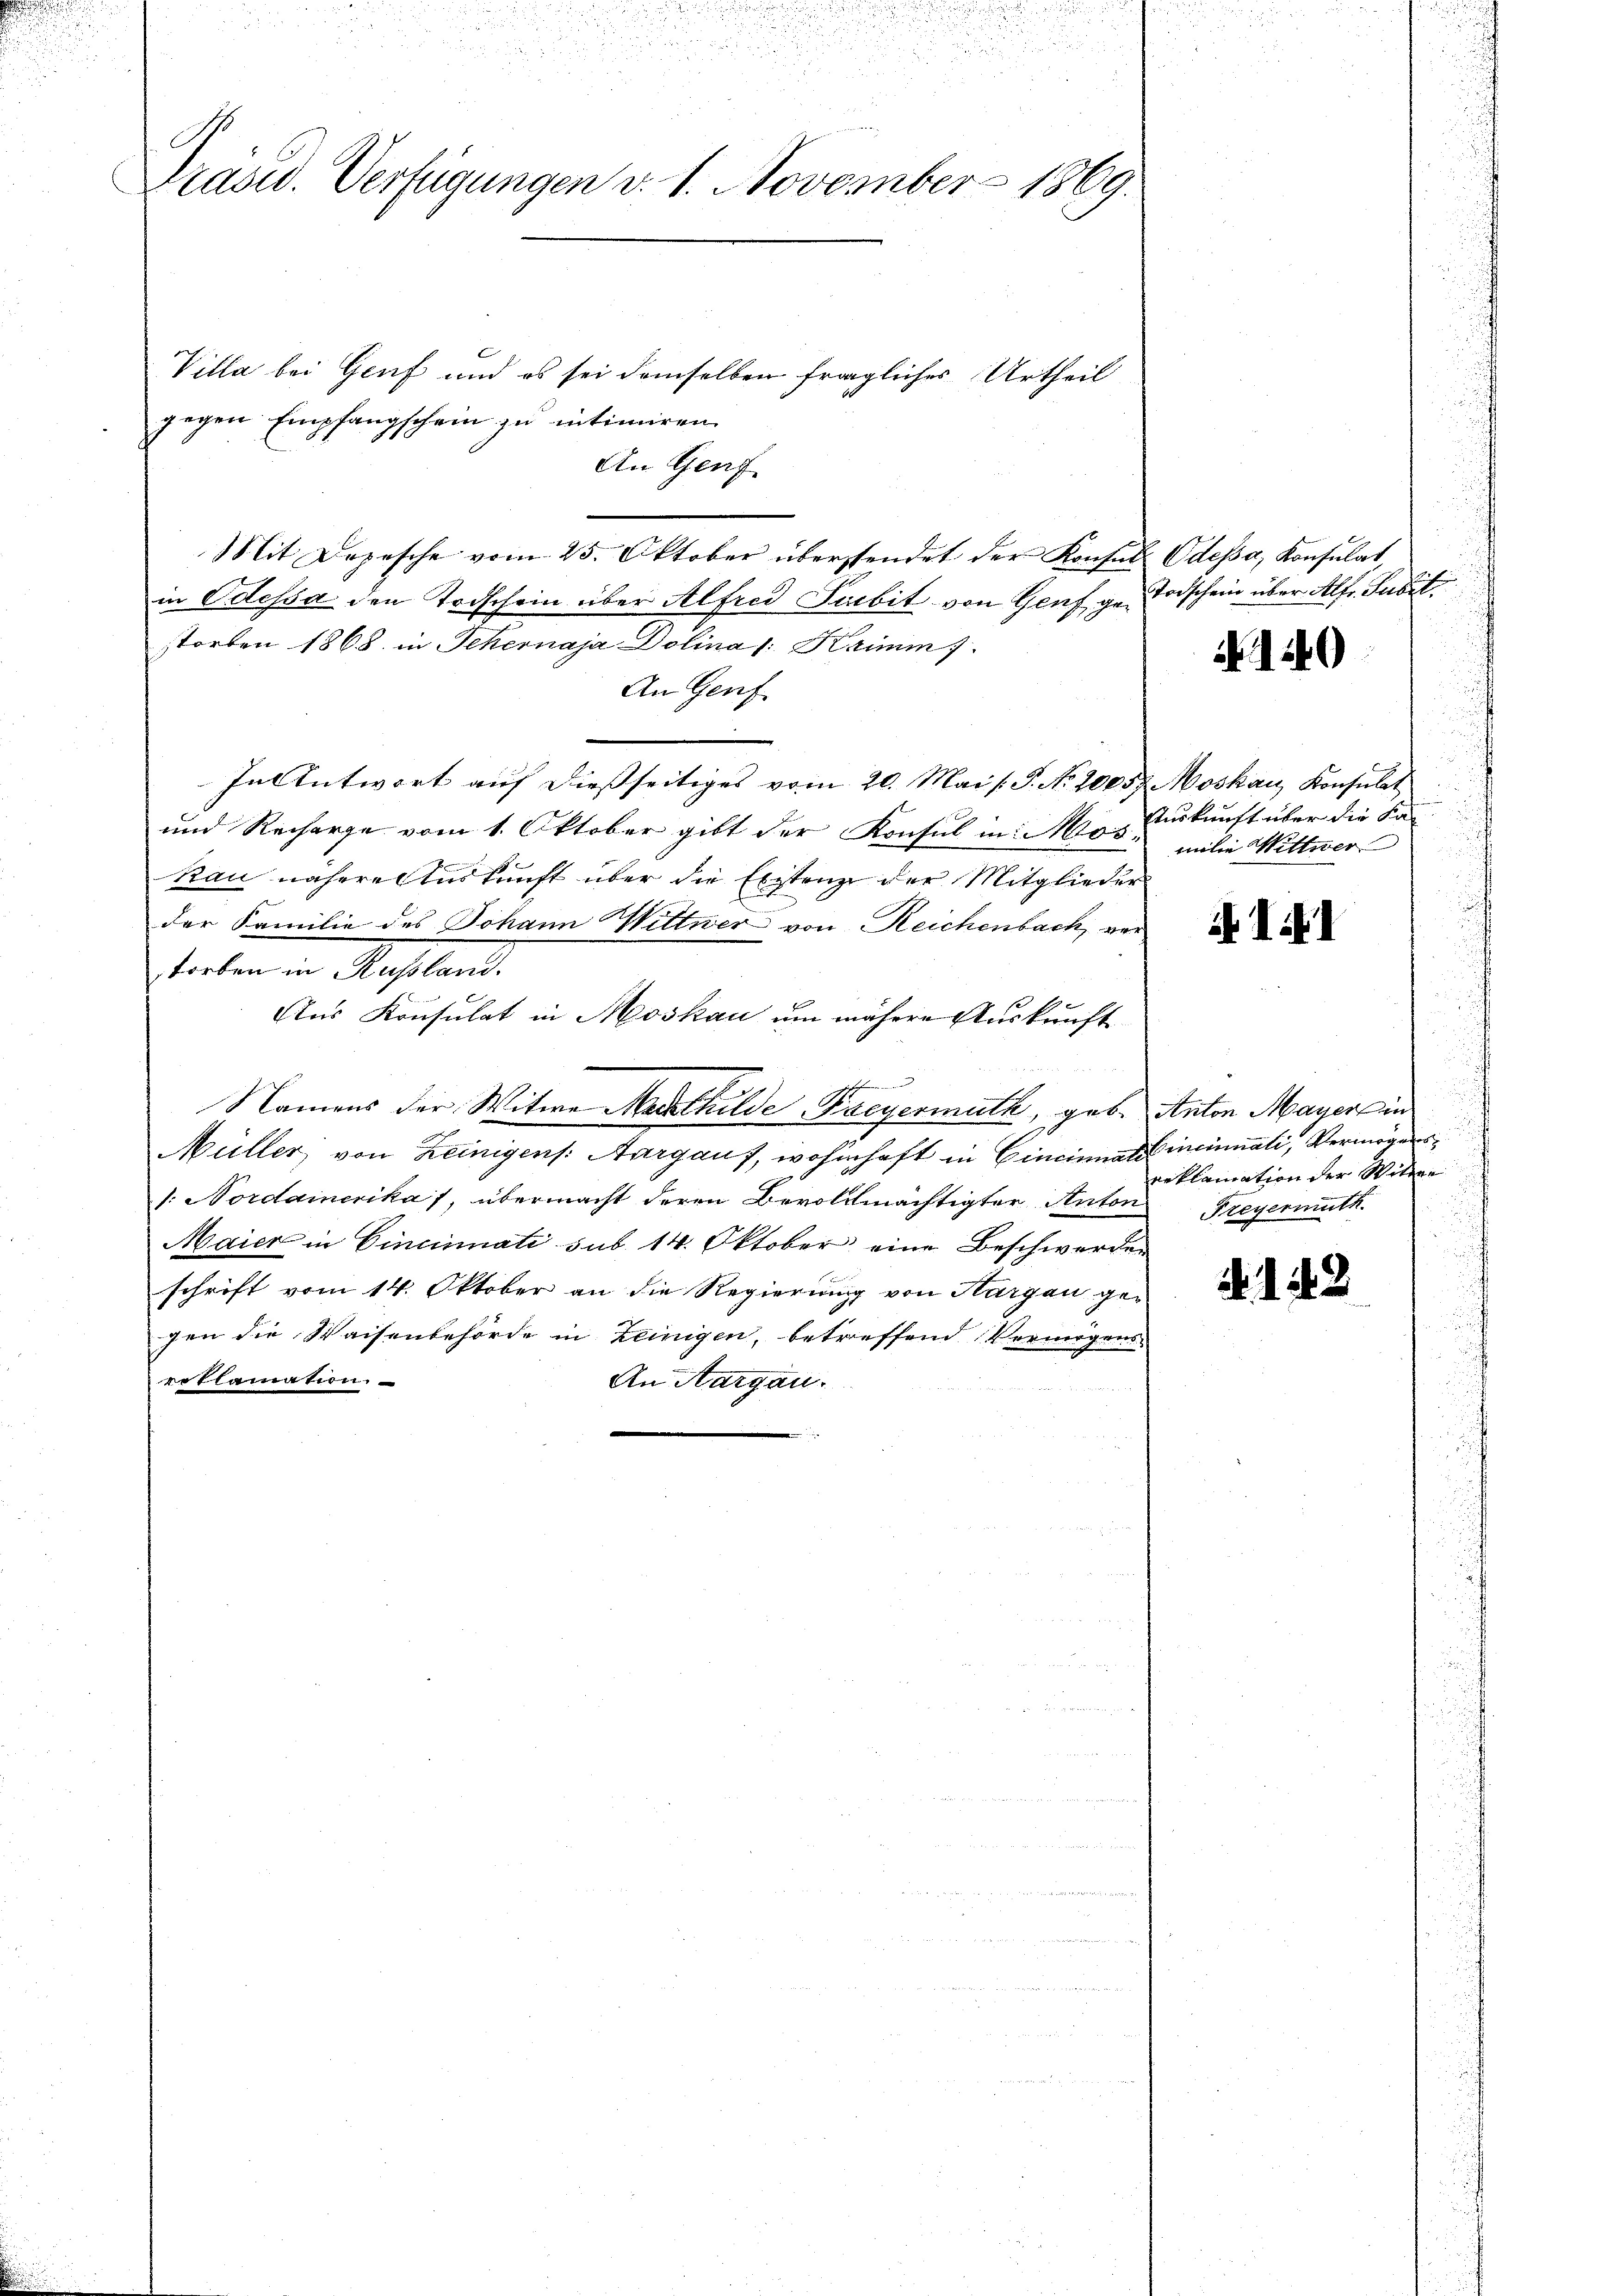
u
Prasw. Verfügungen d. 1. November 1869.

Villa bei Genf und es sei demselben fragliches Urtheil
gegen Empfangschein zu intimiren.
An Genf
Mit Depesche vom 25. Oktober überstendet der Konsuls Odessa, Konsulat,
in Odessa den Todschein über Alfred Serbit von Genf ge- Todschein über Alfr. Subitstorben 1868 in Schernaja Dolinas: Kaimm 7.
An Genf
In Antwort auf dießseitiges vom 20. Mai s.P. No. 20257. Moskau, Konsulat
und Recharge vom 1. Oktober gibt der Konsul in Mos. milie Wittwer
kan nähere Auskunft über die Existenze der Mitglieder
der Familie des Johann Wittwer von Reichenbach, vertorben in Russland.
Aus Konsulat in Moskau um nähere Auskunft
2
Namens der Witwe Mathilde Freyermuth, geb. Anton Mayer in
Müller von Reinigens. Aargaus, wohnhaft in Cincinati ineinnali, Vermögens¬
/. Nordamerikas, übermacht deren Bevollmächtigter Anton Freyermuth
Maier in Cincinati sub 14. Oktober eine Beschwerden
schrift vom 14. Oktober an die Regierung von Hargau gegen die Waisenbehörde in Reinigen, betreffend Vermögens
rethamation.
An Aargau.

N. 1149

Auskunft über die Ka-

ik II

Reklamation der Witwe

. 142